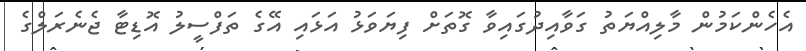
އެހެންކަމުން މާލިއްޔަތު ގަވާއިދުގައިވާ ގޮތަށް ފިޔަވަޅު އަޅައި އޭގެ ތަފްސީލު އޮޑިޓާ ޖެނެރަލްގެ